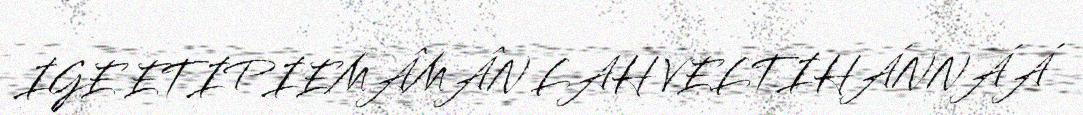
IGE ETIPIEMÂMÂN LAH VELTIHÁNNÁÁ